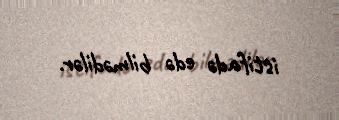
istifadə edə bilmədilər.